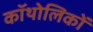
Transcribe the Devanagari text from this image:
कॉथोलिकों